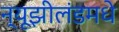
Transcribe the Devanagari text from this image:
न्यूझीलंडमधे